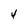
Character: 4